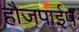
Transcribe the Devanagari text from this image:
हौजपाईप